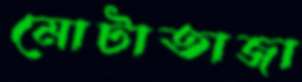
মোটাতাজা